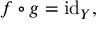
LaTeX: f \circ g = \operatorname { i d } _ { Y } ,